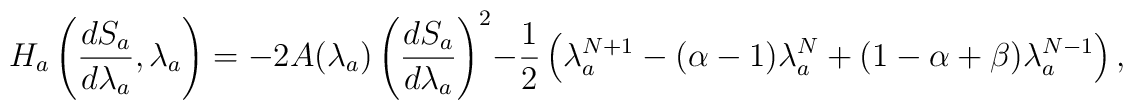
H_a\left( \frac{dS_a}{d\lambda_a},\lambda_a \right) = -2A(\lambda_a)\left( \frac{dS_a}{d\lambda_a}\right)^2- \frac{1}{2}\left( \lambda_a^{N+1}-(\alpha-1)\lambda_a^N+(1-\alpha+\beta)\lambda_a^{N-1}\right),